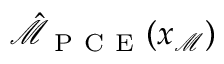
\hat { \mathcal { M } } _ { \mathrm { ~ P ~ C ~ E ~ } } ( \boldsymbol { x } _ { \mathcal { M } } )